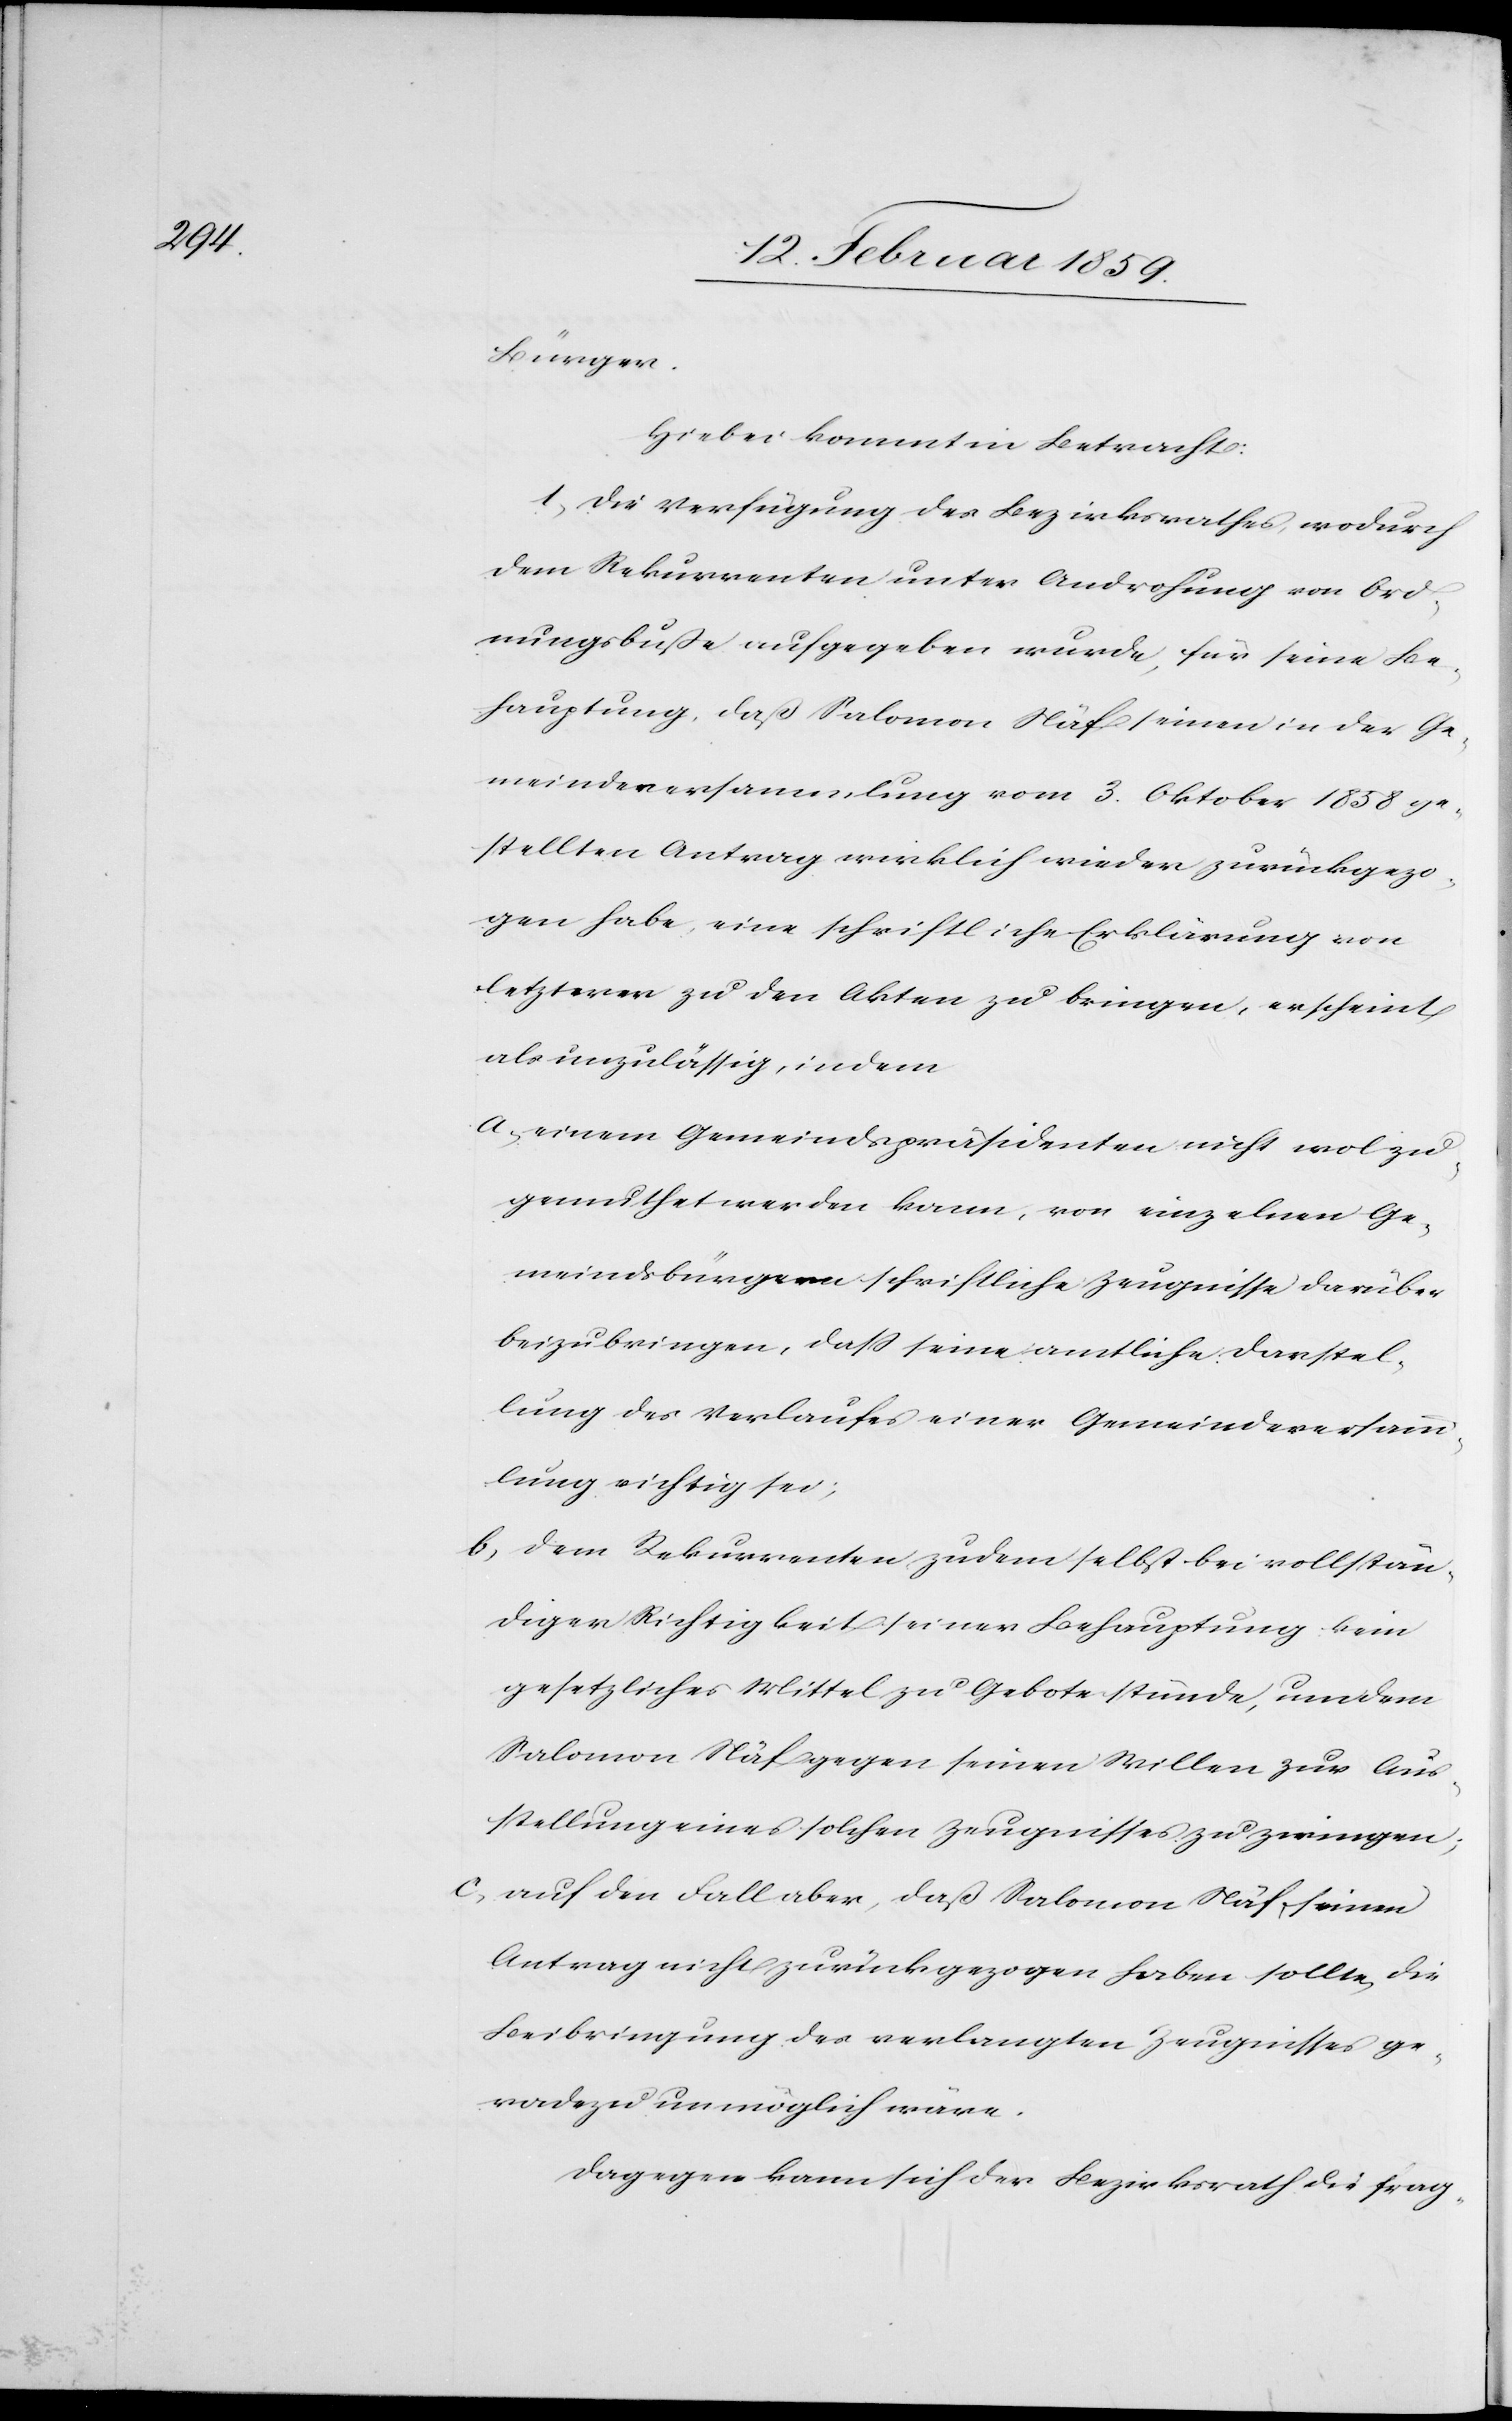
Bürger.
Hiebei kommt in Betracht:
1, Die Verfügung des Bezirksrathes, wodurch
dem Rekurrenten unter Androhung von Ord¬
nungsbuße aufgegeben wurde, für seine Be¬
hauptung, daß Salomon Näf einen in der Ge¬
meindeversammlung vom 3. Oktober 1858 ge¬
stellten Antrag wirklich wieder zurückgezo¬
gen habe, eine schriftliche Erklärung von
letzterer zu den Akten zu bringen, erscheint
als unzulässig, indem
a, einem Gemeindspräsidenten nicht wol zu¬
gemuthet werden kann, von einzelnen Ge¬
meindsbürgern schriftliche Zeugnisse darüber
beizubringen, daß seine amtliche Darstel¬
lung des Verlaufes einer Gemeindeversamm¬
lung richtig sei;
b, dem Rekurrenten zudem selbst bei vollstän¬
diger Richtigkeit seiner Behauptung kein
gesetzliches Mittel zu Gebote stünde, um dem
Salomon Näf gegen seinen Willen zur Aus¬
stellung eines solchen Zeugnisses zu zwingen;
c, auf den Fall aber, daß Salomon Näf seinen
Antrag nicht zurückgezogen haben sollte, die
Beibringung des verlangten Zeugnisses ge¬
radezu unmöglich wäre.
Dagegen kann sich der Bezirksrath die frag-